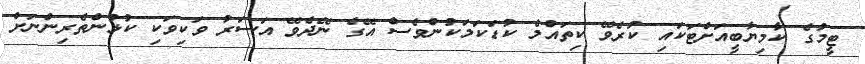
ޓީމުގެ ކާމިޔާބީއަށްޓަކައި ކުރެވޭ ކިތައްމެ ކުޑަކަމަކުންވެސް އޭގެ ނޭދެވޭ އަސަރު ވަކިވަކި ކުޅުންތެރިންނަށް